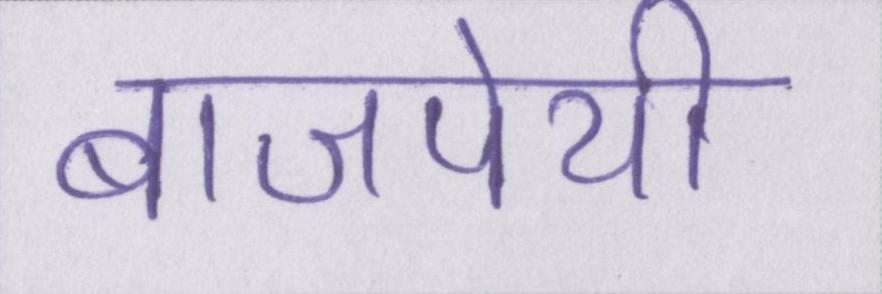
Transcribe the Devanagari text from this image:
बाजपेयी